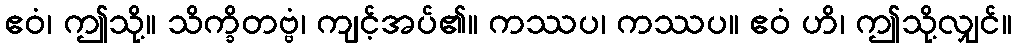
ဧဝံ၊ ဤသို့။ သိက္ခိတဗ္ဗံ၊ ကျင့်အပ်၏။ ကဿပ၊ ကဿပ။ ဧဝံ ဟိ၊ ဤသို့လျှင်။